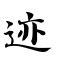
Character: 迹